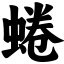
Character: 蜷